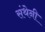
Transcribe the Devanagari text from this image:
संथेनी